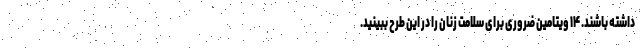
داشته باشند. ۱۴ ویتامین ضروری برای سلامت زنان را در این طرح ببینید.